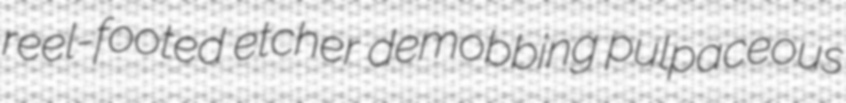
reel-footed etcher demobbing pulpaceous